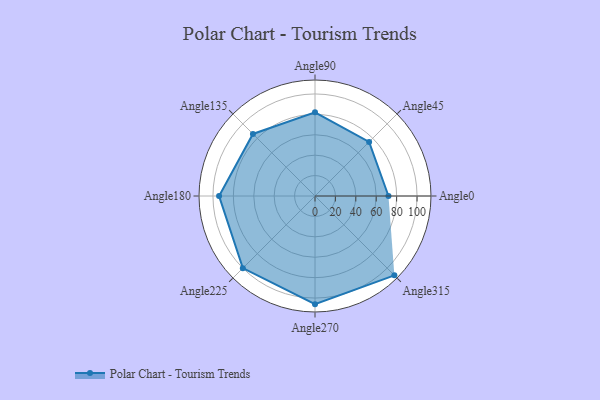
{"axis": {"x": "Angle", "y": "Radius"}, "legend": [""], "data": [{"x": "Angle0", "y": 72.0, "type": ""}, {"x": "Angle45", "y": 75.0, "type": ""}, {"x": "Angle90", "y": 82.0, "type": ""}, {"x": "Angle135", "y": 86.0, "type": ""}, {"x": "Angle180", "y": 94.0, "type": ""}, {"x": "Angle225", "y": 100.0, "type": ""}, {"x": "Angle270", "y": 106.0, "type": ""}, {"x": "Angle315", "y": 110.0, "type": ""}]}